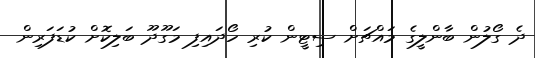
ދެ ގޯލުން ބާންލީގެ މައްޗަށް ސިޓީން ކުރި ހޯދައިފި މަގޫދޫ ބަލިކޮށް ކުޑަފަރިން